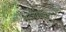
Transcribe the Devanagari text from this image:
कल्पिताशेषसृष्टिः